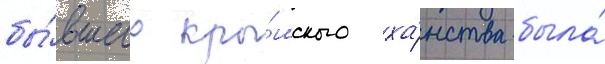
бы́вшего кры́мского ха́нства была́